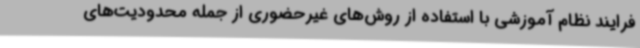
فرایند نظام آموزشی با استفاده از روش‌های غیرحضوری از جمله محدودیت‌های